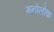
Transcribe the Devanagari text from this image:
मनोलोक